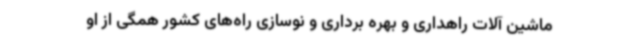
ماشین آلات راهداری و بهره برداری و نوسازی راه‌های کشور همگی از او